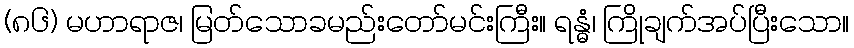
(၈၆) မဟာရာဇ၊ မြတ်သောခမည်းတော်မင်းကြီး။ ရန္ဓံ၊ ကြိုချက်အပ်ပြီးသော။